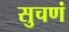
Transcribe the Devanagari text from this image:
सुचणं